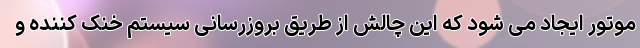
موتور ایجاد می شود که این چالش از طریق بروزرسانی سیستم خنک کننده و